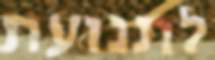
לתנועת